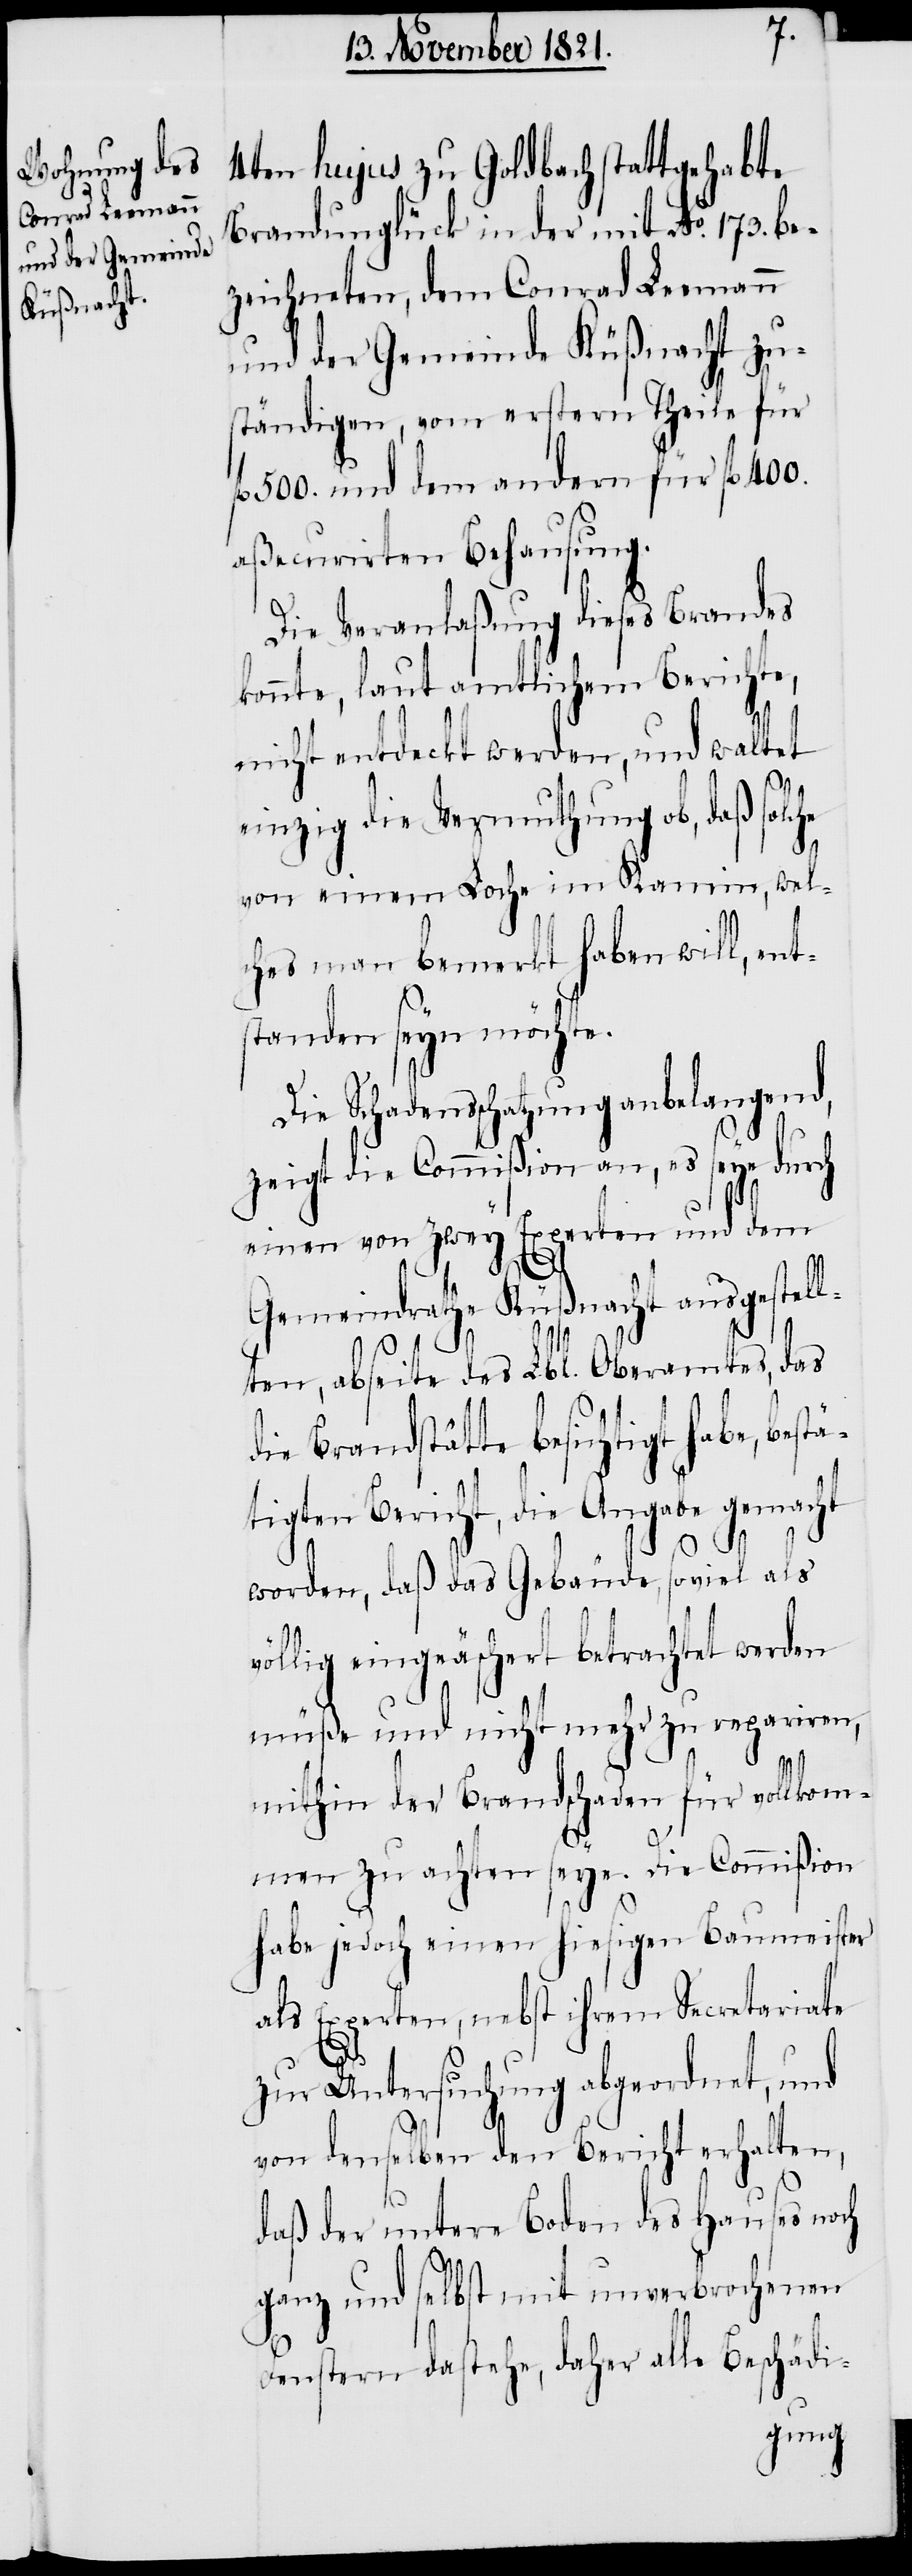
4ten hujus zu Goldbach stattgehabte
Brandunglück in der mit No. 173. be¬
zeichneten, dem Conrad Leemann
und der Gemeinde Küßnacht zu¬
ständigen, vom erstern Theile für
500. und dem andern für fl. 400.
aßecurirten Behausung.
Die Veranlaßung dieses Brandes
konnte, laut amtlichem Berichte,
nicht entdeckt werden, und waltet
einzig die Vermuthung ob, daß solc¬
von einem Loche im Kamin, wel¬
ches man bemerkt haben will, ent¬
standen seyn möchte.
Die Schadensschatzung anbelangend,
zeigt die Commißion an, es seye durch
einen von zwey Experten und dem
Gemeindrathe Küßnacht ausgestell¬
ten, abseite des Lbl. Oberamtes, das
ie Brandstätte besichtigt habe, bes¬
tätigten Bericht, die Angabe gemacht
d¬
worden, daß das Gebäude, soviel als
völlig eingeäschert betrachtet werden
müße und nicht mehr zu repariren,
mithin der Brandschaden für vollkom¬
men zu achten seye. Die Commißion
habe jedoch einen hiesigen Baumeister
als Experten, nebst ihrem Secretariate
zur Untersuchung abgeordnet, und
von denselben den Bericht erhalten,
daß der untere Boden des Hauses noch
ganz und selbst mit unverbrochenen
Fenstern dastehe, daher alle Beschädi-